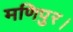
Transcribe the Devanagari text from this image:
मणिपुर।